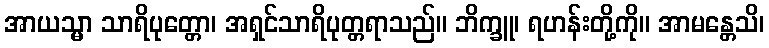
အာယသ္မာ သာရိပုတ္တော၊ အရှင်သာရိပုတ္တရာသည်။ ဘိက္ခူ၊ ရဟန်းတို့ကို။ အာမန္တေသိ၊